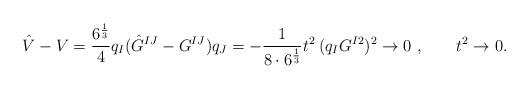
LaTeX: \begin{align*}\hat V - V = \frac{6^{\frac{1}{3}}}{4}q_I ( \hat G^{IJ} - G^{IJ})q_J = - \frac{1}{8 \cdot 6^{\frac{1}{3}}} t^2 \:(q_I G^{I2} )^2 \rightarrow 0\ , \qquad t^2 \rightarrow 0.\end{align*}